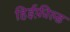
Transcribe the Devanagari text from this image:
हिईफ़ील्ड